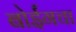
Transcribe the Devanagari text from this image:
बोईंगचा